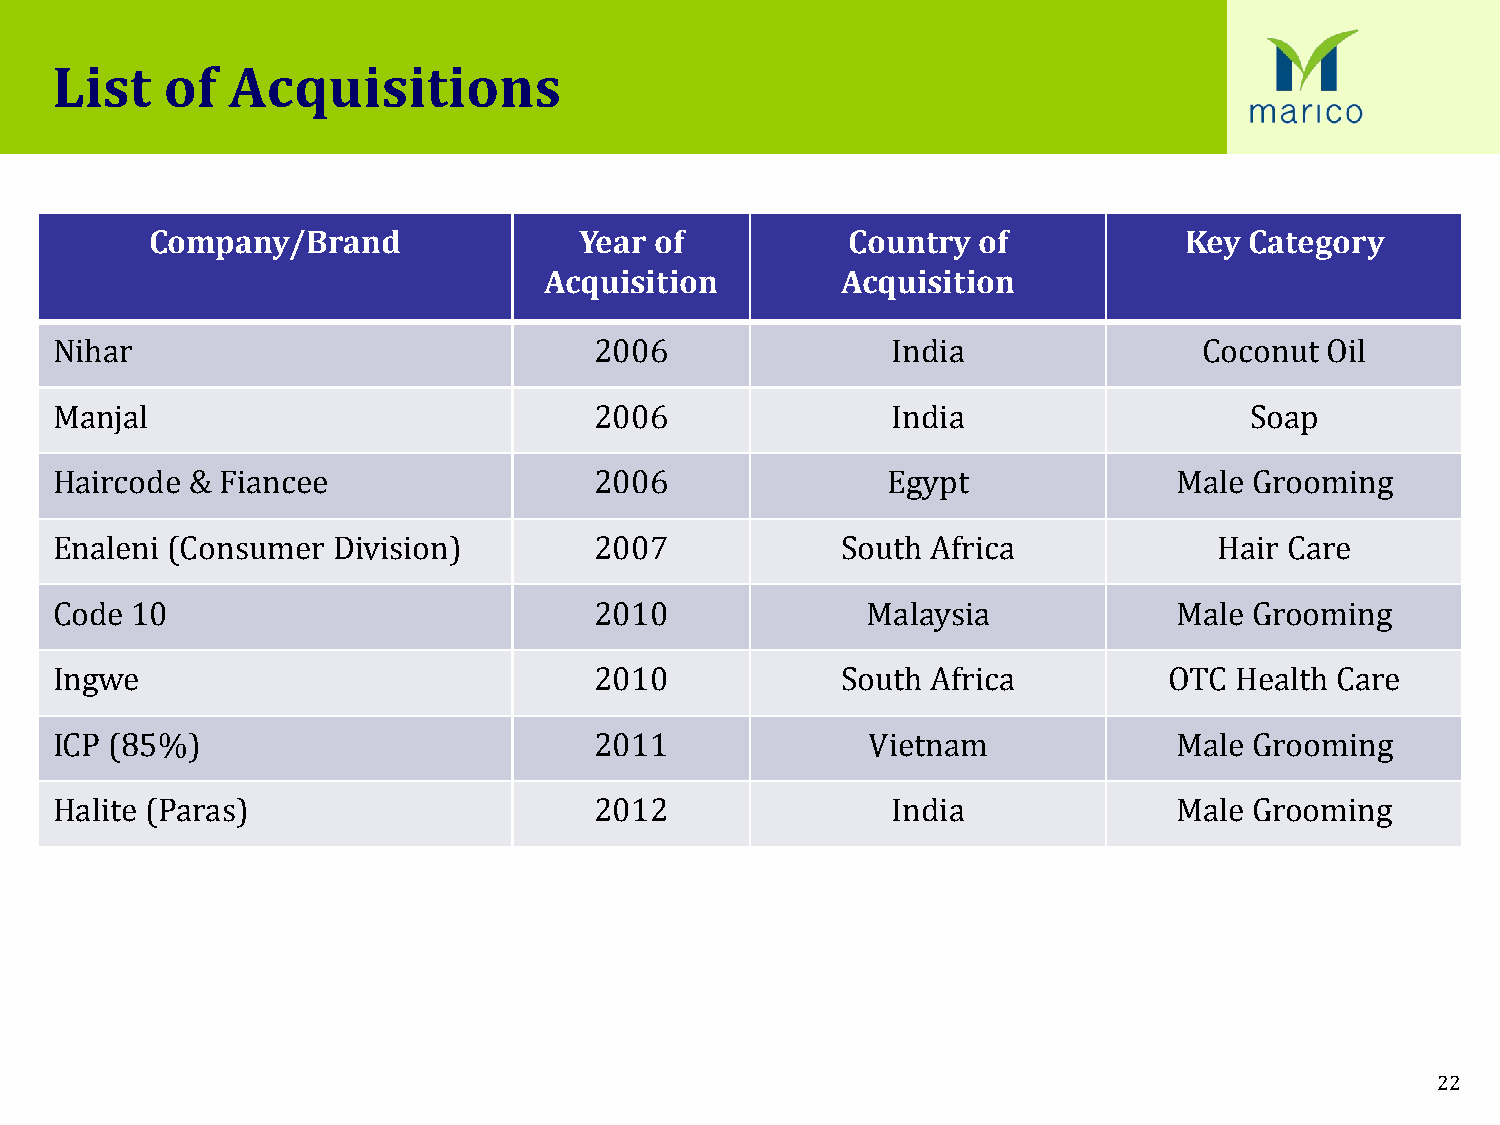
List    of  Acquisitions
 Company/Brand               Year of           Country  of           Key  Category
 Acquisition         Acquisition
 Nihar                               2006                India                Coconut Oil
 Manjal                              2006                India                   Soap
 Haircode &  Fiancee                 2006                Egypt              Male Grooming
 Enaleni (Consumer  Division)        2007             South Africa             Hair Care
 Code  10                            2010              Malaysia             Male Grooming
 Ingwe                               2010             South Africa         OTC  Health Care
 ICP (85%)                           2011               Vietnam             Male Grooming
 Halite (Paras)                      2012                India              Male Grooming
 22